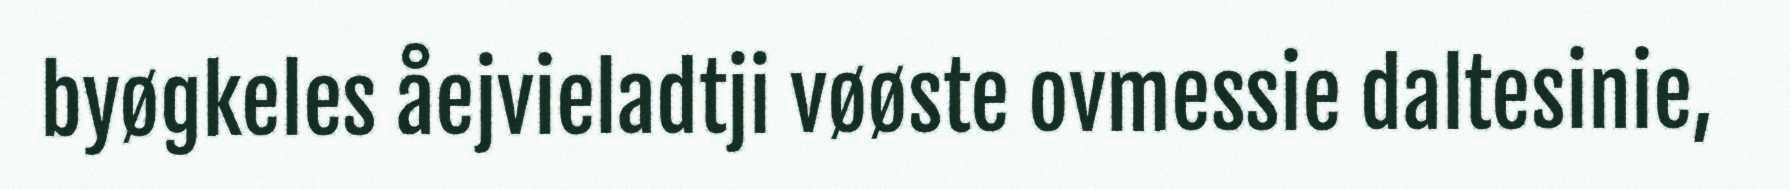
byøgkeles åejvieladtji vøøste ovmessie daltesinie,